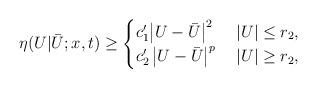
LaTeX: \begin{align*}\eta(U|\bar U;x,t)\ge \begin{cases}c_1' \big | U - \bar U \big |^2 & \; |U| \le r_2, \\c_2' \, \big | U - \bar U \big |^p & \; |U| \ge r_2,\end{cases}\end{align*}